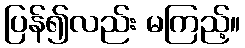
ပြန်၍လည်း မကြည့်။